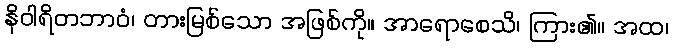
နိဝါရိတဘာဝံ၊ တားမြစ်သော အဖြစ်ကို။ အာရောစေသိ၊ ကြား၏။ အထ၊